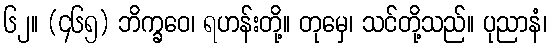
၆၂။ (၄၆၅) ဘိက္ခဝေ၊ ရဟန်းတို့။ တုမှေ၊ သင်တို့သည်။ ပုညာနံ၊